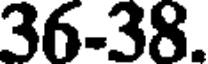
36-38.